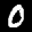
Label: 0